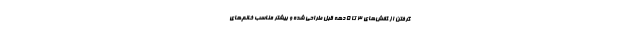
گرفتن از کفش‌های 3 تا 5 دهه قبل طراحی شده و بیشتر مناسب خانم‌های